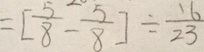
= [ \frac { 5 } { 8 } - \frac { 5 } { 8 } ] \div \frac { 1 6 } { 2 3 }